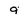
Character: 9